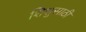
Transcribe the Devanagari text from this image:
शिशुसाठी